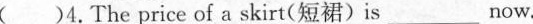
()4.The price of a skirt(短裙)is___now.